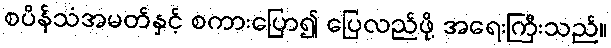
စပိန်သံအမတ်နှင့် စကားပြော၍ ပြေလည်ဖို့ အရေးကြီးသည်။